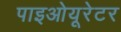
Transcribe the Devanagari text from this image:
पाइओयूरेटर